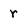
Character: r